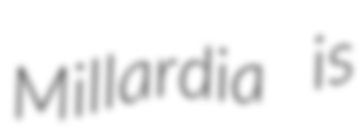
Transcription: Millardia is